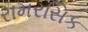
રામરસિક